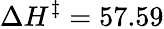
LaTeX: \Delta H^{\ddagger}=57.59